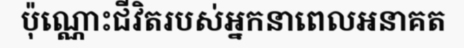
ប៉ុណ្ណោះជីវិតរបស់អ្នកនាពេលអនាគត